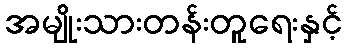
အမျိုးသားတန်းတူရေးနှင့်